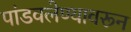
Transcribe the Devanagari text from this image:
पांडवलेण्यावरून